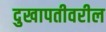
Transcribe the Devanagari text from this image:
दुखापतीवरील